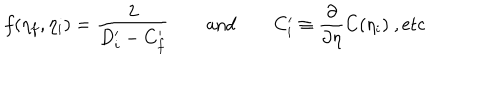
f ( \eta _ { f } , \eta _ { i } ) = { \frac { 2 } { D _ { i } ^ { \prime } - C _ { f } ^ { \prime } } } \qquad \mathrm { a n d } \qquad C _ { i } ^ { \prime } \equiv { \frac { \partial } { \partial \eta } } C ( \eta _ { i } ) ~ , \mathrm { e t c }